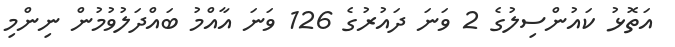
އަތޮޅު ކައުންސިލުގެ 2 ވަނަ ދައުރުގެ 126 ވަނަ އާއްމު ބައްދަލުވުމުން ނިންމި